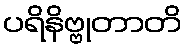
ပရိနိဗ္ဗုတာတိ